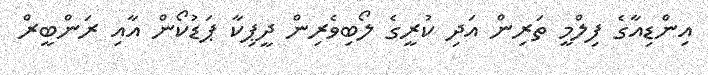
އިންޑިއާގެ ފިލްމީ ތަރިން އަދި ކުރީގެ ލޯބިވެރިން ދީޕިކާ ޕަޑުކޯން އާއި ރަންބީރް